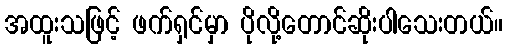
အထူးသဖြင့် ဖက်ရှင်မှာ ပိုလို့တောင်ဆိုးပါသေးတယ်။